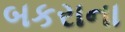
બકરાના